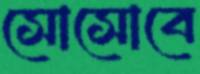
সোসোবে